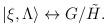
LaTeX: \begin{align*}|\xi, \Lambda \rangle \leftrightarrow G/\tilde H .\end{align*}